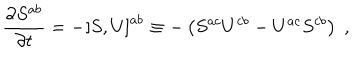
LaTeX: \frac { \partial S ^ { a b } } { \partial t } = - \left[ S , U \right] ^ { a b } \equiv - \left( S ^ { a c } U ^ { c b } - U ^ { a c } S ^ { c b } \right) \; ,